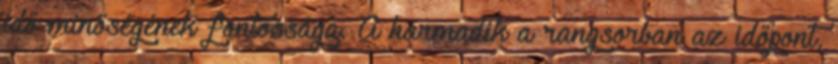
idő minőségének fontossága. A harmadik a rangsorban az időpont,